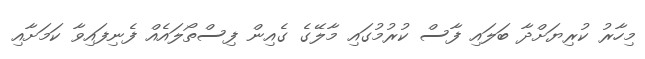
މިހާރު ކުރިޔަށްދާ ބަލައި ފާސް ކުރުމުގައި މާލޭގެ ގެއިން ފިސްތޯލައެއް ފެނިފައިވާ ކަމަށާއި